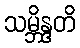
သမ္ဘိန္ဒတိ